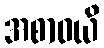
အစာဝယိ